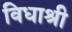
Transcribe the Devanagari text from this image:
विधाश्री